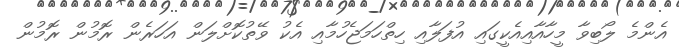
އެންމެ ލޯބިވާ މީހާއާއިއެކީގައި އުފަލާއި ހިތްހަމަޖެހުމާއި އެކު ވޭތުކޮށްލަން އަހަރެން ރޮމުން ރޮމުން